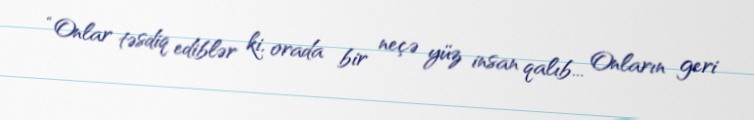
“Onlar təsdiq ediblər ki, orada bir neçə yüz insan qalıb... Onların geri